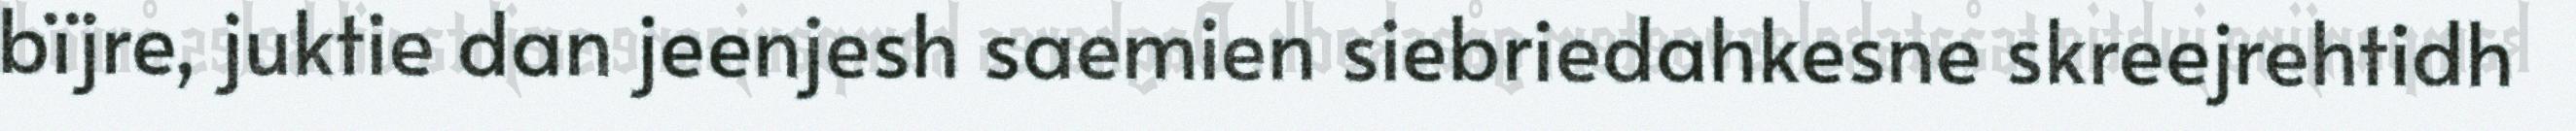
bïjre, juktie dan jeenjesh saemien siebriedahkesne skreejrehtidh